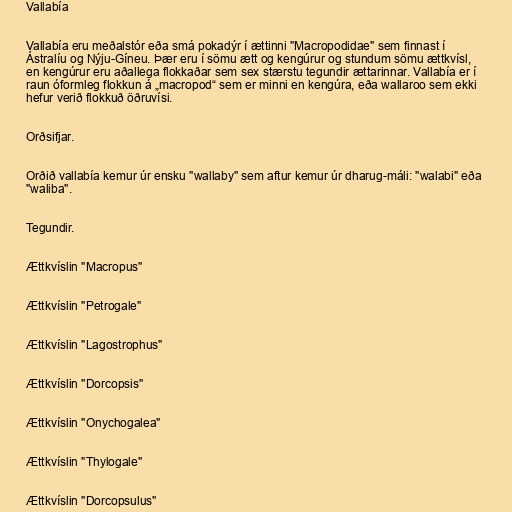
Vallabía

Vallabía eru meðalstór eða smá pokadýr í ættinni "Macropodidae" sem finnast í
Ástralíu og Nýju-Gíneu. Þær eru í sömu ætt og kengúrur og stundum sömu ættkvísl,
en kengúrur eru aðallega flokkaðar sem sex stærstu tegundir ættarinnar. Vallabía er í
raun óformleg flokkun á „macropod“ sem er minni en kengúra, eða wallaroo sem ekki
hefur verið flokkuð öðruvísi.

Orðsifjar.

Orðið vallabía kemur úr ensku "wallaby" sem aftur kemur úr dharug-máli: "walabi" eða
"waliba".

Tegundir.

Ættkvíslin "Macropus"

Ættkvíslin "Petrogale"

Ættkvíslin "Lagostrophus"

Ættkvíslin "Dorcopsis"

Ættkvíslin "Onychogalea"

Ættkvíslin "Thylogale"

Ættkvíslin "Dorcopsulus"